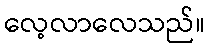
လေ့လာလေသည်။